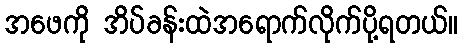
အဖေကို အိပ်ခန်းထဲအရောက်လိုက်ပို့ရတယ်။